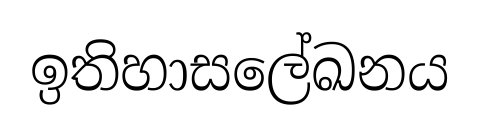
ඉතිහාසලේඛනය